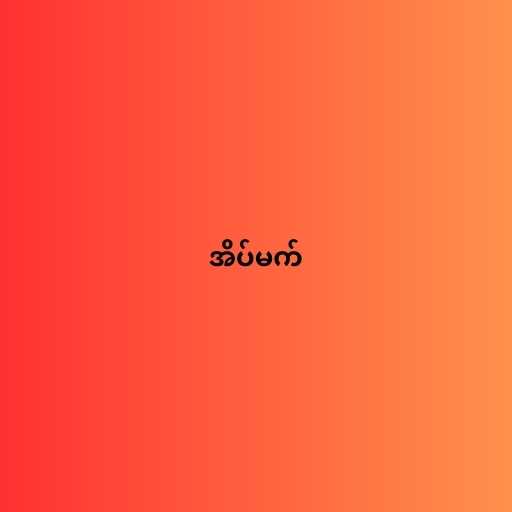
အိပ်မက်